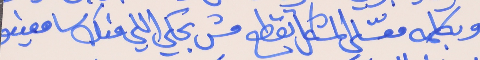
وبكلمه معسّلي المشكل لقطع     مش بحكي اللي منك سامعينو